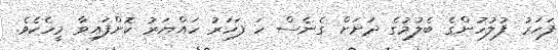
ފަހަރު ފުލުހުންގެ ބެލުމުގެ ދަށަށް ގެނެސް ހަ ފަހަރު ހައްޔަރު ކޮށްފައިވާ މީހެކެވެ.